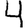
Digit: 4